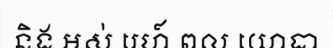
និង អស់ រេហ៍ ពល យោធា